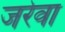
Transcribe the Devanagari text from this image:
जरेवा